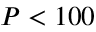
P < 1 0 0 ~ \